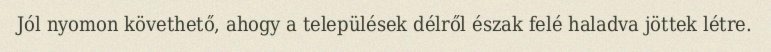
Jól nyomon követhető, ahogy a települések délről észak felé haladva jöttek létre.